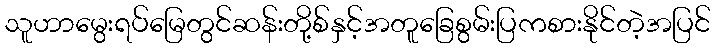
သူဟာမွေးရပ်မြေတွင်ဆန်းတို့စ်နှင့်အတူခြေစွမ်းပြကစားနိုင်တဲ့အပြင်